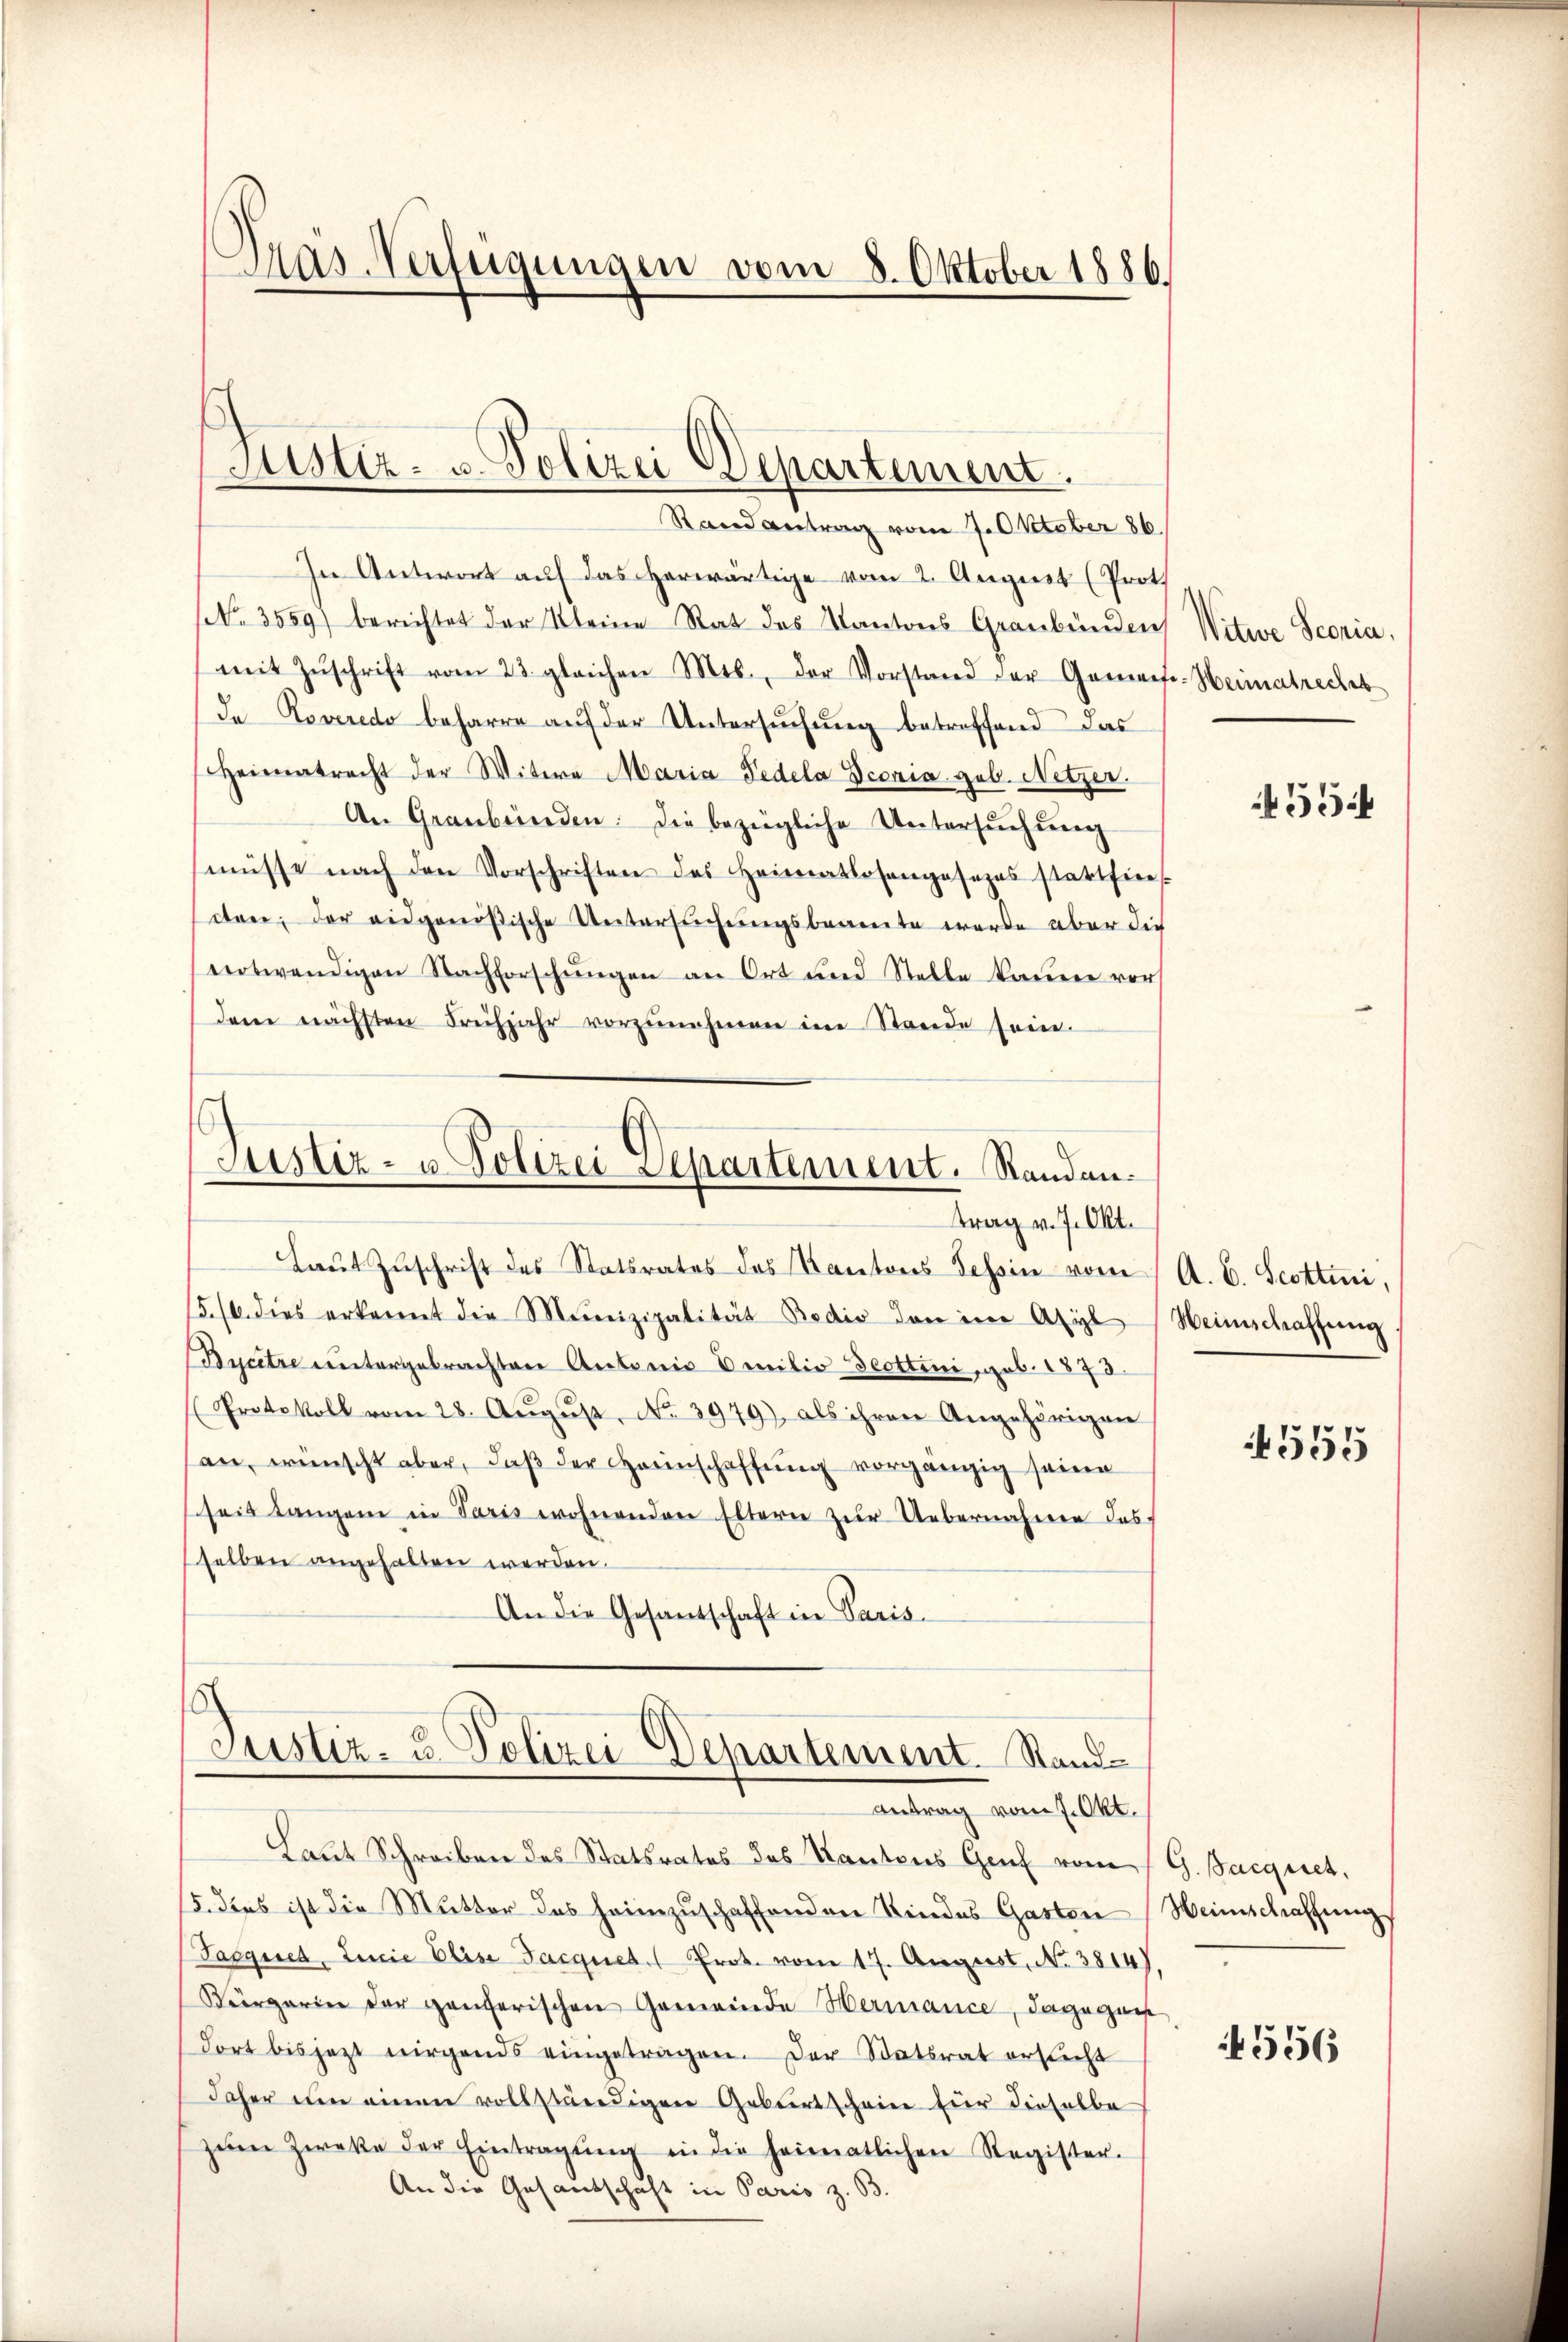
Aas-Verfügungen vom 8. Oktober 1886.

Justiz- u. Polizei Departement.

Rand Antrag vom 7. Oktober 86.
In Antwort auf das herwärtige vom 2. August (Prot
No. 3559) berichtet der Kleine Rat des Kantons Graubünden
(mit Zŭschrift vom 23. gleichen Mos., der Vorstand der Gemaet-Heimatrechet
da Roveredo beharre auf der Untersuchung betreffend das
Heimatrecht der Witwe Maria Fedela conia geb. Netzer.
An Graubünden: die bezügliche Untersŭchŭng
müsse nach den Vorschriften des Heimatlosengesezes stattfin
cten, der eidgenößische Untersŭchŭngsbeamte werde aber die
notwendigen Nachforschŭngen an Ort und Stelle kanne vor
dem nächsten Freihjahr vorzŭnehmen im Stande sein.
Justiz- u. Polizei Departement. Standen.
trag v. 7. Okt.
Laŭt Zŭschrift des Statsrates des Kantons Tessin vom A. E. Scottini,
5./6. dies erkannt die Munizipalität Bodio den im Asyl Weinschaffŭng.
Bycitre untergebrachten Antonis Emilio Deottini geb. 1873.
Protokoll vom 28. Aŭgŭst No. 3979), als ihren Angehörigen
an, wünscht aber, daβ der Haunschaffung vorgängig seine
seit langen in Paris wohnenden Eltern zŭr Uebernahme des
selben angehalten werden.
An die Gesandschaft in Paris

Laut Schreiben des Statsrates des Kantons Genf vom G. Sacquet,
5. dies ist die Mutter des heimzuschaffenden Kindes Gasten Weinschaffung
Pasques, Linie Elise Jacques. Prot. vom 17. August, No. 3814).
Bürgerin der ganzerischen Gemeinde Hermance, dagegen
dort bis jezt nirgends eingetragen. Der Statsrat ersucht
daher um einen vollständigen Geburtschein für dieselbe
zŭm Zwecke der Eintragŭng in die heimatlichen Register-
An die Gesandschaft in Paris z. B.

Justiz- u. Polizei Departement. Sandantrag vom 7. Okt.

Witwe Secria.

455

4555

4556